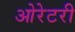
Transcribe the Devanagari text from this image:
ओरेटरी